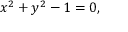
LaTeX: x ^ { 2 } + y ^ { 2 } - 1 = 0 ,